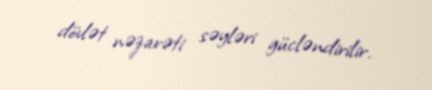
dövlət nəzarəti səyləri gücləndirilir.